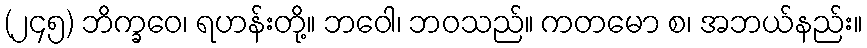
(၂၄၅) ဘိက္ခဝေ၊ ရဟန်းတို့။ ဘဝေါ၊ ဘဝသည်။ ကတမော စ၊ အဘယ်နည်း။